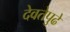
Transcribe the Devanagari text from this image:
देवतेपुढे